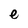
Character: e